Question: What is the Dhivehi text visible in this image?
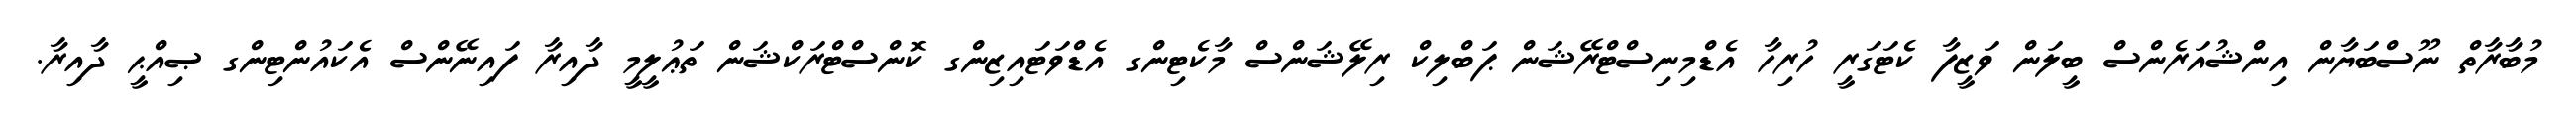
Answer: މުބާރާތް ނޫސްބަޔާން އިންޝުއަރެންސް ބީލަން ވަޒީފާ ކެޓަގަރީ ހުރިހާ އެޑްމިނިސްޓްރޭޝަން ޕަބްލިކް ރިލޭޝަންސް މާކެޓިންގ އެޑްވަޓައިޒިންގ ކޮންސްޓްރަކްޝަން ތަޢުލީމީ ދާއިރާ ފައިނޭންސް އެކައުންޓިންގ ޞިއްޙީ ދާއިރާ.